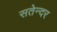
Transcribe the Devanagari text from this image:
सतेन्दर